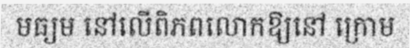
មធ្យម នៅលើពិភពលោកឱ្យនៅ ក្រោម